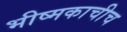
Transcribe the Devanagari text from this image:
भीष्मकाचीच